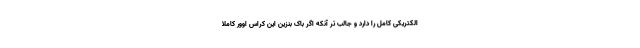
الکتریکی کامل را دارد و جالب تر آنکه اگر باک بنزین این کراس اوور کاملا